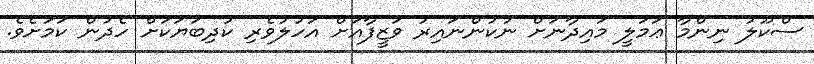
ސްކޫލު ނިންމާ ޢަމަލީ މައިދާނަށް ނުކުންނައިރު ވަޒީފާއަށް އަހުލުވެރި ކުދިބަޔަކަށް ހެދުން ކަމަށެވެ.